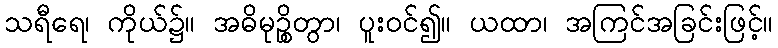
သရီရေ၊ ကိုယ်၌။ အဓိမုဉ္စိတွာ၊ ပူးဝင်၍။ ယထာ၊ အကြင်အခြင်းဖြင့်။